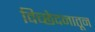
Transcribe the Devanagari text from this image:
विच्छेदनातून